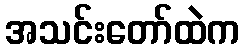
အသင်းတော်ထဲက